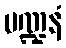
မဏ္ဍနံ